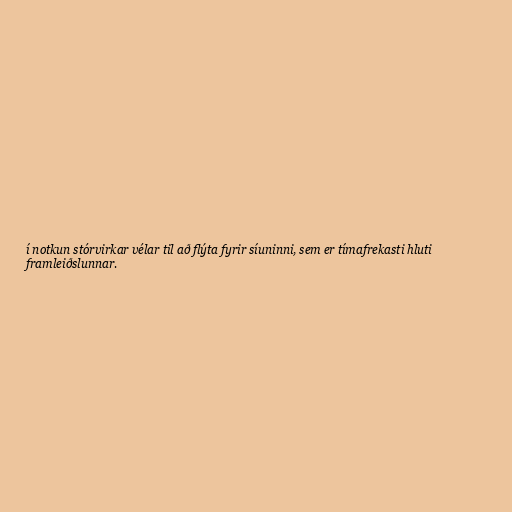
í notkun stórvirkar vélar til að flýta fyrir síuninni, sem er tímafrekasti hluti
framleiðslunnar.